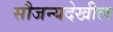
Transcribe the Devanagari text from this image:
सौजन्यदेखील